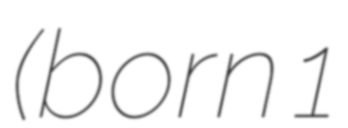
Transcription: (born 1